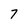
Character: 7